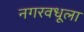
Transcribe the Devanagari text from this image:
नगरवधूला